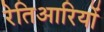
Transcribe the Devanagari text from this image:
रेतिआरियों